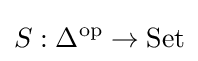
S:\Delta ^{\text{op}}\to {\text{Set}}